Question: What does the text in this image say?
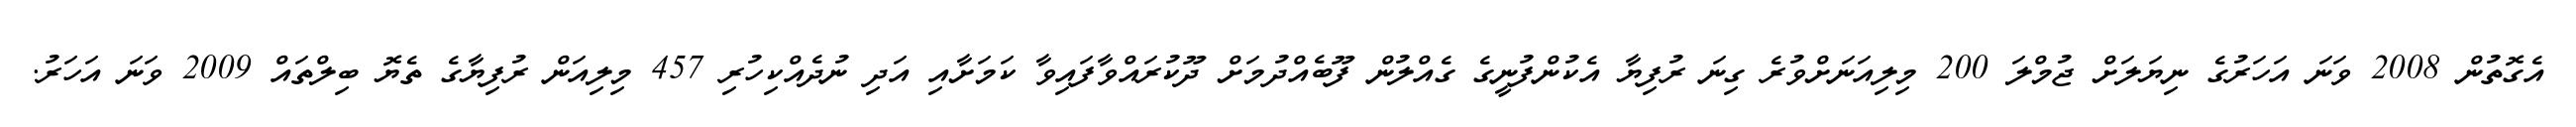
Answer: އެގޮތުން 2008 ވަނަ އަހަރުގެ ނިޔަލަށް ޖުމްލަ 200 މިލިއަނަށްވުރެ ގިނަ ރުފިޔާ އެކުންފުނީގެ ގެއްލުން ފޫބެއްދުމަށް ދޫކުރައްވާފައިވާ ކަމަށާއި އަދި ނުދެއްކިހުރި 457 މިލިއަން ރުފިޔާގެ ތެޔޮ ބިލްތައް 2009 ވަނަ އަހަރު.